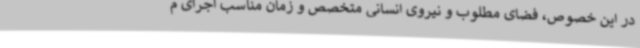
در این خصوص، فضای مطلوب و نیروی انسانی متخصص و زمان مناسب اجرای م